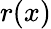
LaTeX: r(x)